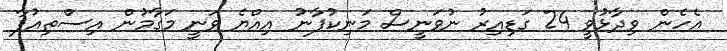
އެހެން ވިދާޅުވީ 24 ގަޑިއިރު ނުވަނީސް މަނިކުފާނު އިއްޔެ ވަނީ މަގާމުން އިސްތިއުފާ